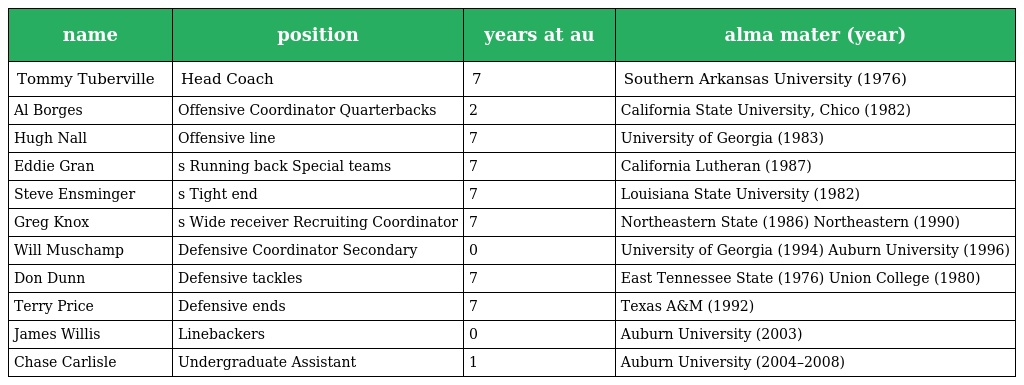
| name | position | years at au | alma mater (year) |
 | --- | --- | --- | --- |
 | Tommy Tuberville | Head Coach | 7 | Southern Arkansas University (1976) |
 | Al Borges | Offensive Coordinator Quarterbacks | 2 | California State University, Chico (1982) |
 | Hugh Nall | Offensive line | 7 | University of Georgia (1983) |
 | Eddie Gran | s Running back Special teams | 7 | California Lutheran (1987) |
 | Steve Ensminger | s Tight end | 7 | Louisiana State University (1982) |
 | Greg Knox | s Wide receiver Recruiting Coordinator | 7 | Northeastern State (1986) Northeastern (1990) |
 | Will Muschamp | Defensive Coordinator Secondary | 0 | University of Georgia (1994) Auburn University (1996) |
 | Don Dunn | Defensive tackles | 7 | East Tennessee State (1976) Union College (1980) |
 | Terry Price | Defensive ends | 7 | Texas A&M (1992) |
 | James Willis | Linebackers | 0 | Auburn University (2003) |
 | Chase Carlisle | Undergraduate Assistant | 1 | Auburn University (2004–2008) |